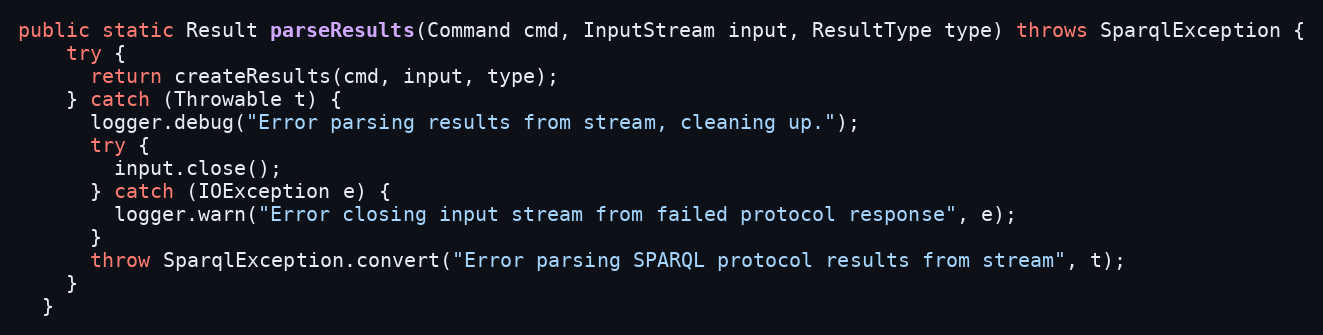
Language: Java
public static Result parseResults(Command cmd, InputStream input, ResultType type) throws SparqlException {
    try {
      return createResults(cmd, input, type);
    } catch (Throwable t) {
      logger.debug("Error parsing results from stream, cleaning up.");
      try {
        input.close();
      } catch (IOException e) {
        logger.warn("Error closing input stream from failed protocol response", e);
      }
      throw SparqlException.convert("Error parsing SPARQL protocol results from stream", t);
    }
  }